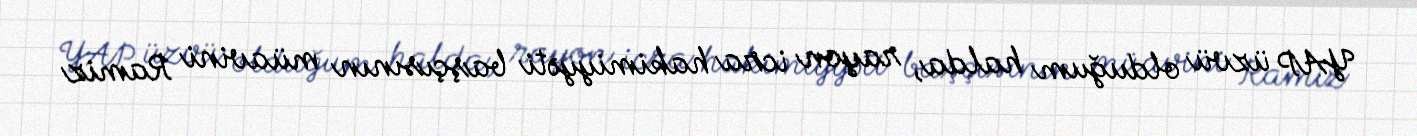
YAP üzvü olduğum halda, rayon icra hakimiyyəti başçısının müavini Ramiz